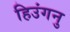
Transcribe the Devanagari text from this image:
हिउंगनु